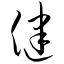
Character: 健